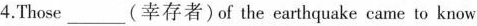
4.Those___(幸存者)of the earthquake came to know